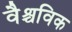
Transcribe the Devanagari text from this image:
वैश्चविक